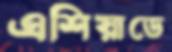
এশিয়াডে